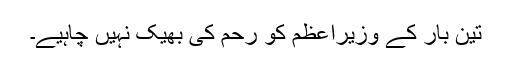
تین بار کے وزیراعظم کو رحم کی بھیک نہیں چاہیے۔